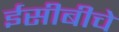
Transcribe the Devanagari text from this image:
ईसीबीचे